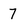
Character: 7